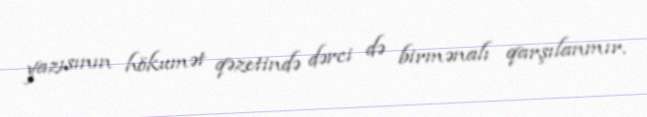
yazısının hökumət qəzetində dərci də birmənalı qarşılanmır.